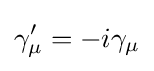
\gamma '_{\mu }=-i\gamma _{\mu }